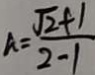
A = \frac { \sqrt { 2 } + 1 } { 2 - 1 }